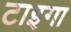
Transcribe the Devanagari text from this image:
टाइगा